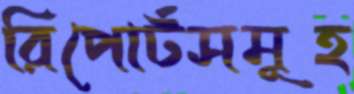
রিপোর্টসমূহ